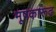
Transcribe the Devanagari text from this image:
मूषकारूढ